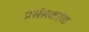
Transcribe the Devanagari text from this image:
प्रसंसकरण